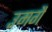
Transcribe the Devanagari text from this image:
उमगै